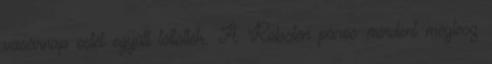
vasárnap estét együtt töltötték. A Robsten páros mindent megtesz